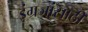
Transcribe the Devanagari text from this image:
इंग्रजांसाठी